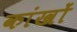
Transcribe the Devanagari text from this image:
कांखों